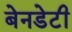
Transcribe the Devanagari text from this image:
बेनडेटी